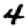
Digit: 4